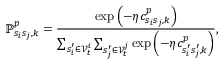
\mathbb { P } _ { s _ { i } s _ { j } , k } ^ { p } = \frac { \exp { \left( - \eta c _ { s _ { i } s _ { j } , k } ^ { p } \right) } } { \sum _ { s _ { i } ^ { \prime } \in \mathcal { V } _ { t } ^ { i } } \sum _ { s _ { j } ^ { \prime } \in \mathcal { V } _ { t } ^ { j } } \exp { \left( - \eta c _ { s _ { i } ^ { \prime } s _ { j } ^ { \prime } , k } ^ { p } \right) } } ,